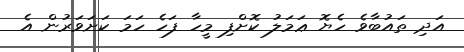
އަދި ތައުބާވެ ހެޔޮ ޢަމަލު ކޮށްފި މީހާ ފަހެ ހަމަ ކަށަވަރުން އެ